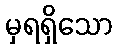
မှရရှိသော